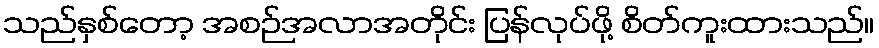
သည်နှစ်တော့ အစဉ်အလာအတိုင်း ပြန်လုပ်ဖို့ စိတ်ကူးထားသည်။